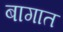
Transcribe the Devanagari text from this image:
बागात